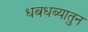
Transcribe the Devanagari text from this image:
धबधब्यातुन